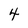
Character: 4